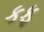
કફ